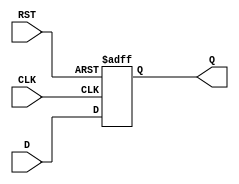
module stage_register #(
    parameter WIDTH = 8  // Parameter to define the width of the register
)(
    input  wire [WIDTH-1:0] D,    // Data input
    input  wire CLK,               // Clock input
    input  wire RST,               // Reset input
    output reg  [WIDTH-1:0] Q      // Data output
);

// Synchronous process for the register
always @(posedge CLK or posedge RST) begin
    if (RST) begin
        Q <= {WIDTH{1'b0}}; // Reset output to zero
    end else begin
        Q <= D; // Store input data on clock edge
    end
end

endmodule